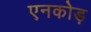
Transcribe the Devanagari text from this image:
एनकोड़